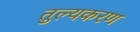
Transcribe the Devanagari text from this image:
तुल्यकरण